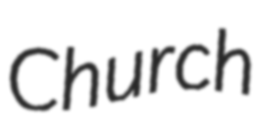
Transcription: Church